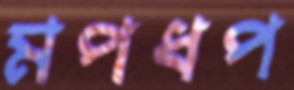
মপধপ